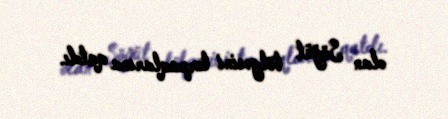
olan Söğüt bölgəsini torpaqlarına qatdı.